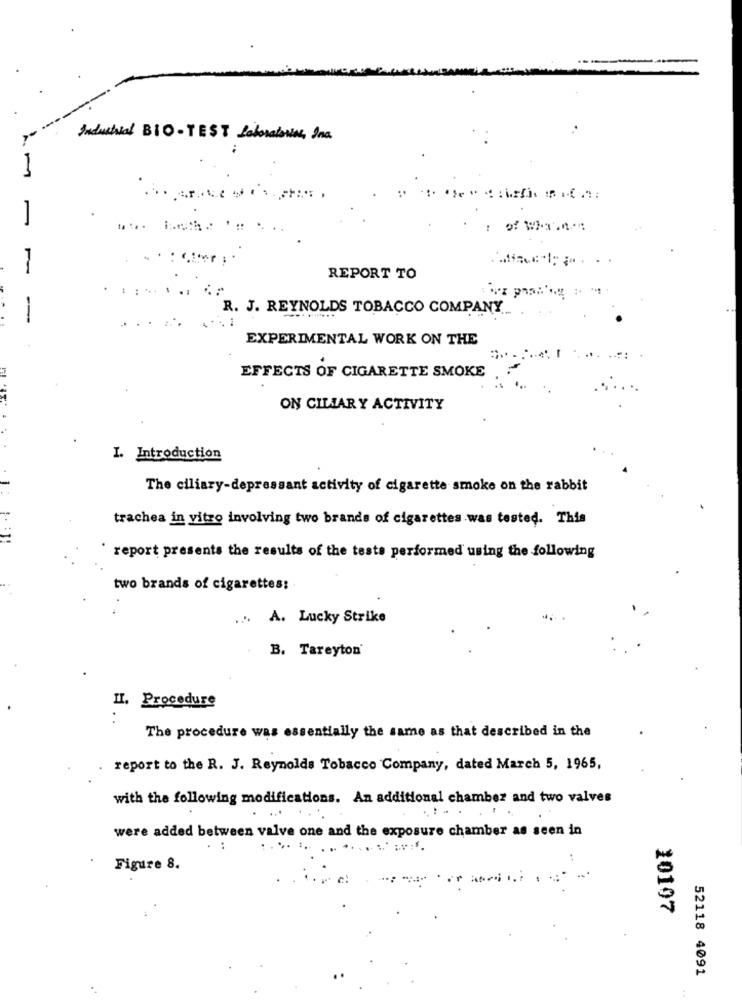
Industrial BIO- TEST Laboratories, Inc.
M
1
REPORT TO
R. J. REYNOLDS
VOLDS TOBACCO COMPANY
-
EXPERIMENTAL WORK ON THE
EFFECTS OF CIGARETTE SMOKE
ON CILIAR Y ACTIVITY
I. Introduction
The ciliary-depressant activity of cigarette smoke on the rabbit
trachea in vitro involving two brands of cigarettes was tested. This
' report presents the results of the tests performed using the following
two brands of cigarettes:
... A. Lucky Strike
B. Tareyton
II. Procedure
The procedure was essentially the same as that described in the
report to the R. J. Reynolds Tobacco Company, dated March 5, 1965,
with the following modifications. An additional chamber and two valves
... . . .
were added between valve one and the exposure chamber as seen in
Figure 8.
10107
52118 4091